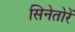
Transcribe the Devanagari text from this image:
सिनेतोरें